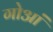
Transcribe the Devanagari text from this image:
गोआं